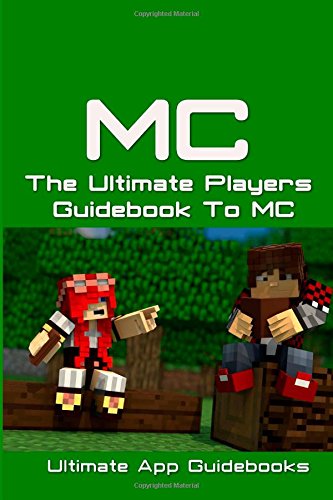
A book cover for The Ultimate Players Guide To MC; Ultimate App Guidebooks; Children's Books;